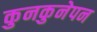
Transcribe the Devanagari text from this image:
कुनकुनेपन